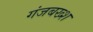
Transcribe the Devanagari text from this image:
गंजबख्श